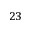
^ { 2 3 }